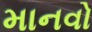
માનવો